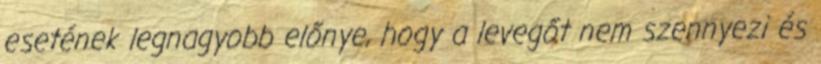
esetének legnagyobb előnye, hogy a levegőt nem szennyezi és